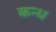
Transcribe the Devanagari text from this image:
कन्ध